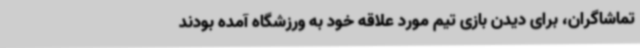
تماشاگران، برای دیدن بازی تیم مورد علاقه خود به ورزشگاه آمده بودند